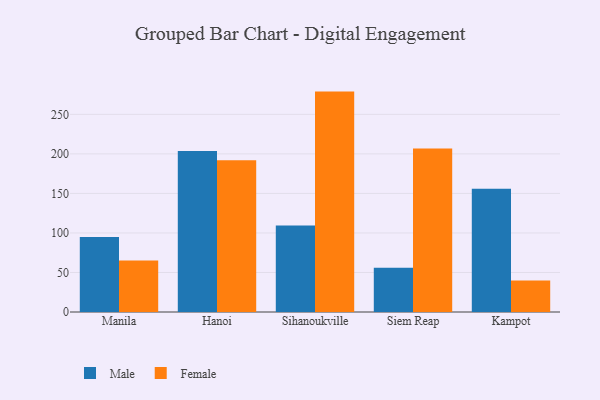
{"axis": {"x": "City", "y": "Inventory Turnover"}, "legend": ["Female", "Male"], "data": [{"x": "Manila", "y": 94.9, "type": "Male"}, {"x": "Manila", "y": 65.0, "type": "Female"}, {"x": "Hanoi", "y": 203.7, "type": "Male"}, {"x": "Hanoi", "y": 192.0, "type": "Female"}, {"x": "Sihanoukville", "y": 109.5, "type": "Male"}, {"x": "Sihanoukville", "y": 278.8, "type": "Female"}, {"x": "Siem Reap", "y": 56.1, "type": "Male"}, {"x": "Siem Reap", "y": 206.9, "type": "Female"}, {"x": "Kampot", "y": 156.0, "type": "Male"}, {"x": "Kampot", "y": 39.9, "type": "Female"}]}